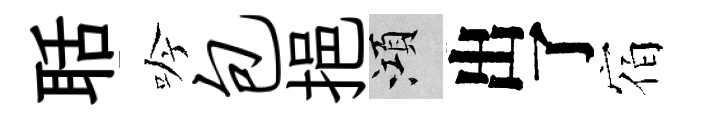
聒吟包挹澒出了宿